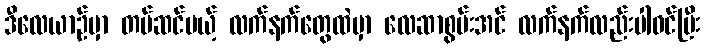
ဒီလေယာဉ်မှာ တပ်ဆင်မယ့် လက်နက်တွေထဲမှာ လေဆာစွမ်းအင် လက်နက်လည်းပါဝင်ပြီး